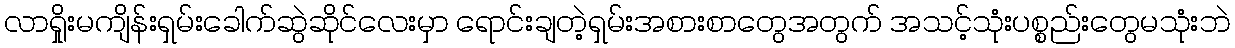
လာရှိုးမကျိန်းရှမ်းခေါက်ဆွဲဆိုင်လေးမှာ ရောင်းချတဲ့ရှမ်းအစားစာတွေအတွက် အသင့်သုံးပစ္စည်းတွေမသုံးဘဲ